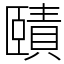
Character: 賾